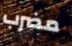
مضرب